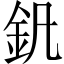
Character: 釩